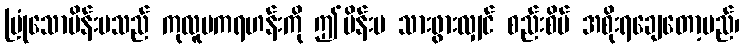
မြုံသောမိန်းမသည် ကုလူပကရဟန်းကို ဤမိန်းမ သားဖွားလျှင် စည်းစိမ် အစိုးရချေတော့မည်၊